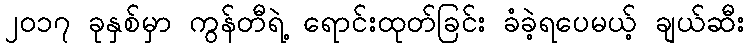
၂၀၁၇ ခုနှစ်မှာ ကွန်တီရဲ့ ရောင်းထုတ်ခြင်း ခံခဲ့ရပေမယ့် ချယ်ဆီး